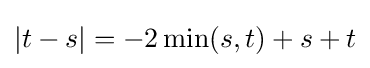
|t-s|=-2\min(s,t)+s+t